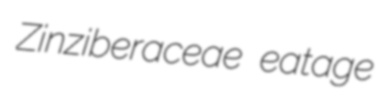
Zinziberaceae eatage